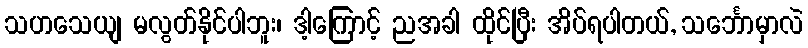
သဟသေယျ မလွတ်နိုင်ပါဘူး၊ ဒါ့ကြောင့် ညအခါ ထိုင်ပြီး အိပ်ရပါတယ်, သင်္ဘောမှာလဲ